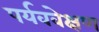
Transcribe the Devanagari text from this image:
पर्यववेक्षण